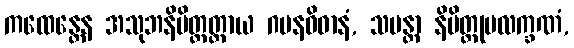
ကထေန္တေန အသုဘနိမိတ္တတ္ထာယ ဂမနဝိဓာနံ, သမန္တာ နိမိတ္တုပလက္ခဏံ,